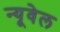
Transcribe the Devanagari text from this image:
न्यूवेल